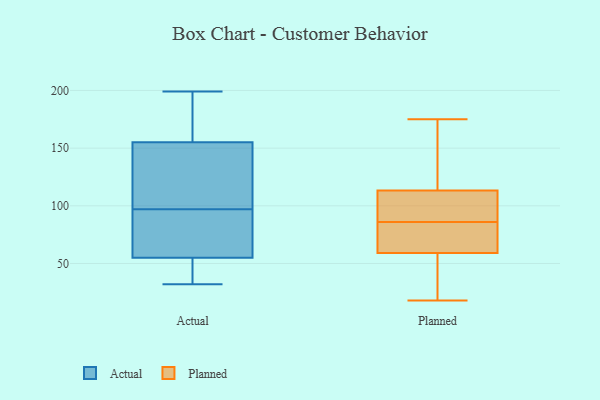
{"axis": {"x": "Temperature (°C)", "y": "Value"}, "legend": ["Actual", "Planned"], "data": [{"x": "", "y": 99, "type": "Actual"}, {"x": "", "y": 81, "type": "Actual"}, {"x": "", "y": 199, "type": "Actual"}, {"x": "", "y": 37, "type": "Actual"}, {"x": "", "y": 32, "type": "Actual"}, {"x": "", "y": 55, "type": "Actual"}, {"x": "", "y": 95, "type": "Actual"}, {"x": "", "y": 155, "type": "Actual"}, {"x": "", "y": 167, "type": "Actual"}, {"x": "", "y": 139, "type": "Actual"}, {"x": "", "y": 86, "type": "Planned"}, {"x": "", "y": 107, "type": "Planned"}, {"x": "", "y": 147, "type": "Planned"}, {"x": "", "y": 18, "type": "Planned"}, {"x": "", "y": 68, "type": "Planned"}, {"x": "", "y": 71, "type": "Planned"}, {"x": "", "y": 67, "type": "Planned"}, {"x": "", "y": 132, "type": "Planned"}, {"x": "", "y": 35, "type": "Planned"}, {"x": "", "y": 175, "type": "Planned"}, {"x": "", "y": 106, "type": "Planned"}, {"x": "", "y": 28, "type": "Planned"}, {"x": "", "y": 90, "type": "Planned"}]}